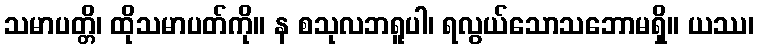
သမာပတ္တိ၊ ထိုသမာပတ်ကို။ န စသုလဘရူပါ၊ ရလွယ်သောသဘောမရှိ။ ယဿ၊